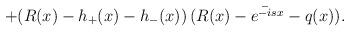
LaTeX: \begin{align*}+(R(x)-h_+(x)-h_-(x))\,\bar{(R(x)-e^{-isx}-q(x))}.\end{align*}